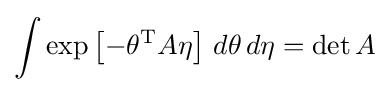
\int \exp \left[-\theta ^{\rm {T}}A\eta \right]\,d\theta \,d\eta =\det A